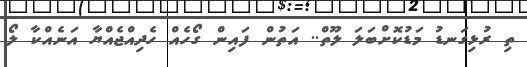
ތި ރުޅިގަނޑު މަޑުކޮށްބަލަ ލޫތް.. އަތުން ފައިން ގޯހެއް ހެދިއްޖެއްޔާ އަނެއްކާ ލޯ